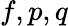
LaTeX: f,p,q